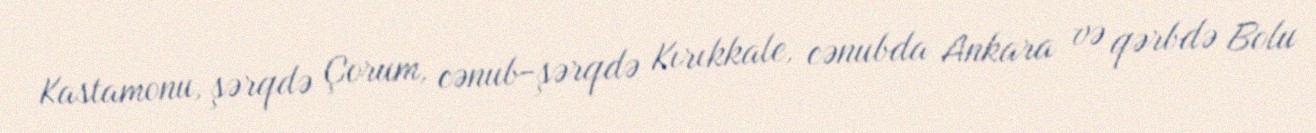
Kastamonu, şərqdə Çorum, cənub-şərqdə Kırıkkale, cənubda Ankara və qərbdə Bolu